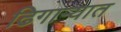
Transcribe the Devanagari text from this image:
ढिगाऱ्यात